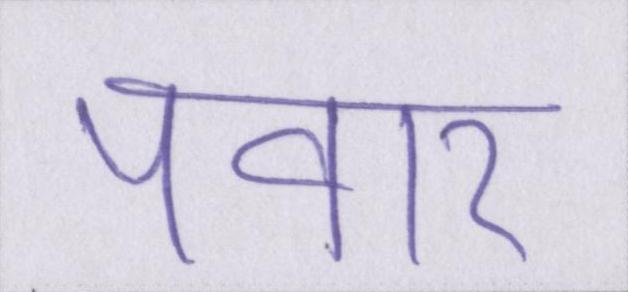
पवार